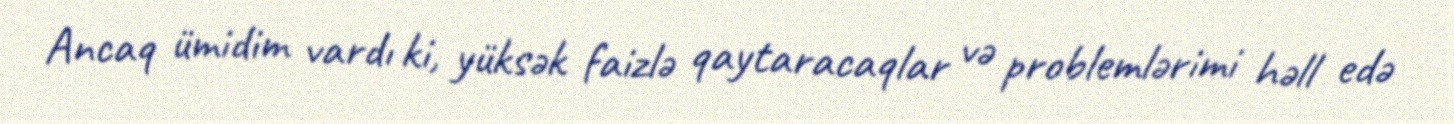
Ancaq ümidim vardı ki, yüksək faizlə qaytaracaqlar və problemlərimi həll edə